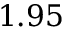
1 . 9 5